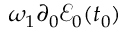
\omega _ { 1 } \partial _ { 0 } \mathcal { E } _ { 0 } ( t _ { 0 } )